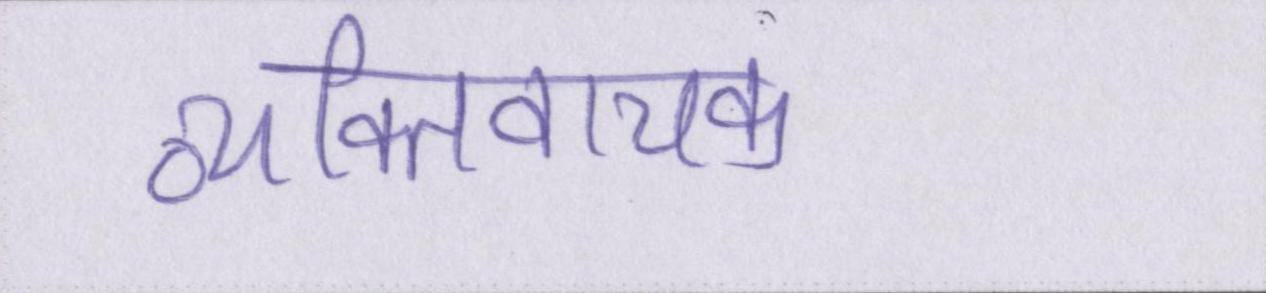
व्यक्तिवाचक